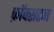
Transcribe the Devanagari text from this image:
फ़ॉक्सटन